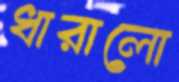
ধারালো